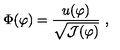
\Phi ( \varphi ) = \frac { u ( \varphi ) } { \sqrt { { \cal J } ( \varphi ) } } \ ,